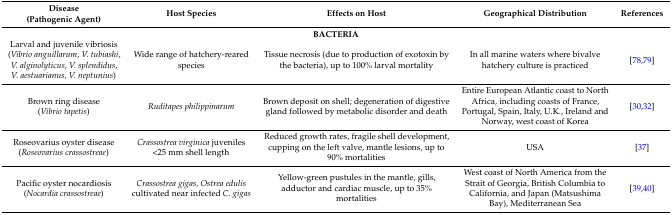
| Disease (Pathogenic Agent) | Host Species | Effects on Host | Geographical Distribution | References |
 | --- | --- | --- | --- | --- |
 | <COLSPAN=5> BACTERIA |
 | Larval and juvenile vibriosis (Vibrio anguillarum, V. tubiashi, V. alginolyticus, V. splendidus, V. aestuarianus, V. neptunius) | Wide range of hatchery-reared species | Tissue necrosis (due to production of exotoxin by the bacteria), up to 100% larval mortality | In all marine waters where bivalve hatchery culture is practiced | [78,79] |
 | Brown ring disease (Vibrio tapetis) | Ruditapes philippinarum | Brown deposit on shell; degeneration of digestive gland followed by metabolic disorder and death | Entire European Atlantic coast to North Africa, including coasts of France, Portugal, Spain, Italy, U.K., Ireland and Norway, west coast of Korea | [30,32] |
 | Roseovarius oyster disease (Roseovarius crassostreae) | Crassostrea virginica juveniles <25 mm shell length | Reduced growth rates, fragile shell development, cupping on the left valve, mantle lesions, up to 90% mortalities | USA | [37] |
 | Pacific oyster nocardiosis (Nocardia crassostreae) | Crassostrea gigas, Ostrea edulis cultivated near infected C. gigas | Yellow-green pustules in the mantle, gills, adductor and cardiac muscle, up to 35% mortalities | West coast of North America from the Strait of Georgia, British Columbia to California, and Japan (Matsushima Bay), Mediterranean Sea | [39,40] |